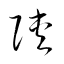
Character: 陜